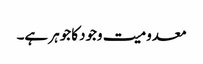
معدومیت وجودکا جوہر ہے۔